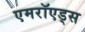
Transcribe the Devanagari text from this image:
एमरॉएड्स